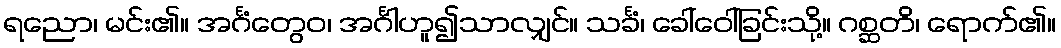
ရညော၊ မင်း၏။ အင်္ဂံတွေဝ၊ အင်္ဂါဟူ၍သာလျှင်။ သင်္ခံ၊ ခေါ်ဝေါ်ခြင်းသို့။ ဂစ္ဆတိ၊ ရောက်၏။